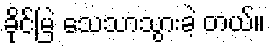
ခိုင်မြဲ သေသာသွားခဲ့ တယ်။